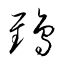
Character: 鵄